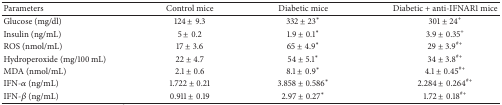
<table><thead><tr><td><b>Parameters</b></td><td><b>Control mice</b></td><td><b>Diabetic mice</b></td><td><b>Diabetic + anti-IFNAR1 mice</b></td></tr></thead><tbody><tr><td>Glucose (mg/dl)</td><td>124 ± 9.3</td><td>332 ± 23*</td><td>301 ± 24<sup>+</sup></td></tr><tr><td>Insulin (ng/mL)</td><td>5 ± 0.2</td><td>1.9 ± 0.1*</td><td>3.9 ± 0.35<sup>+</sup></td></tr><tr><td>ROS (nmol/mL)</td><td>17 ± 3.6</td><td>65 ± 4.9*</td><td>29 ± 3.9<sup>#+</sup></td></tr><tr><td>Hydroperoxide (mg/100 mL)</td><td>22 ± 4.7</td><td>54 ± 5.1*</td><td>34 ± 3.8<sup>#+</sup></td></tr><tr><td>MDA (nmol/mL)</td><td>2.1 ± 0.6</td><td>8.1 ± 0.9*</td><td>4.1 ± 0.45<sup>#+</sup></td></tr><tr><td>IFN-<i>α</i> (ng/mL)</td><td>1.722 ± 0.21</td><td>3.858 ± 0.586*</td><td>2.284 ± 0.264<sup>#+</sup></td></tr><tr><td>IFN-<i>β</i> (ng/mL)</td><td>0.911 ± 0.19</td><td>2.97 ± 0.27*</td><td>1.72 ± 0.18<sup>#+</sup></td></tr></tbody></table>